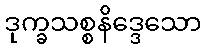
ဒုက္ခသစ္စနိဒ္ဒေသော